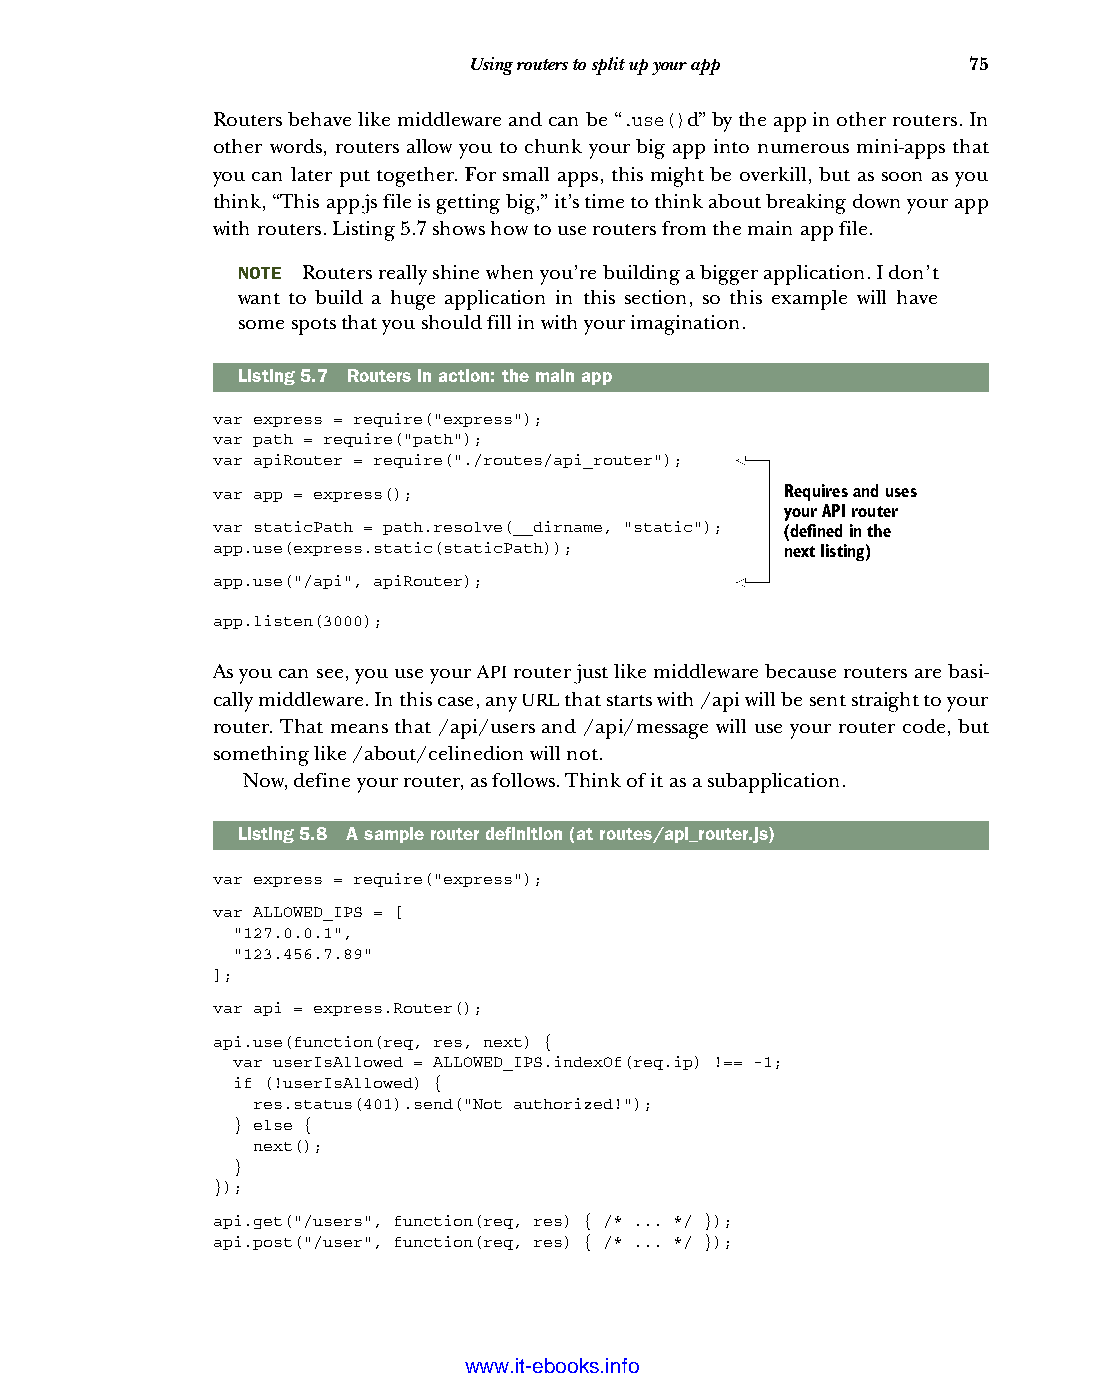
Using routers to split up your app 75
 Routers behave like middleware and can be “.use()d” by the app in other routers. In
 other words, routers allow you to chunk your big app into numerous mini-apps that
 you can later put together. For small apps, this might be overkill, but as soon as you
 think, “This app.js file is getting big,” it’s time to think about breaking down your app
 with routers. Listing 5.7 shows how to use routers from the main app file.
 NOTE Routers really shine when you’re building a bigger application. I don’t
 want to build a huge application in this section, so this example will have
 some spots that you should fill in with your imagination.
 Listing5.7 Routers in action: the main app
 var express = require("express");
 var path = require("path");
 var apiRouter = require("./routes/api_router");
 var app = express();                  Requires and uses
 your API router
 var staticPath = path.resolve(__dirname, "static"); (defined in the
 app.use(express.static(staticPath));  next listing)
 app.use("/api", apiRouter);
 app.listen(3000);
 As you can see, you use your API router just like middleware because routers are basi-
 cally middleware. In this case, any URL that starts with /api will be sent straight to your
 router. That means that /api/users and /api/message will use your router code, but
 something like /about/celinedion will not.
 Now, define your router, as follows. Think of it as a subapplication.
 Listing5.8 A sample router definition (at routes/api_router.js)
 var express = require("express");
 var ALLOWED_IPS = [
 "127.0.0.1",
 "123.456.7.89"
 ];
 var api = express.Router();
 api.use(function(req, res, next) {
 var userIsAllowed = ALLOWED_IPS.indexOf(req.ip) !== -1;
 if (!userIsAllowed) {
 res.status(401).send("Not authorized!");
 } else {
 next();
 }
 });
 api.get("/users", function(req, res) { /* ... */ });
 api.post("/user", function(req, res) { /* ... */ });
 Licensed wtow w <.mit-ielebro.8o8k8s@.ingfomail.com>